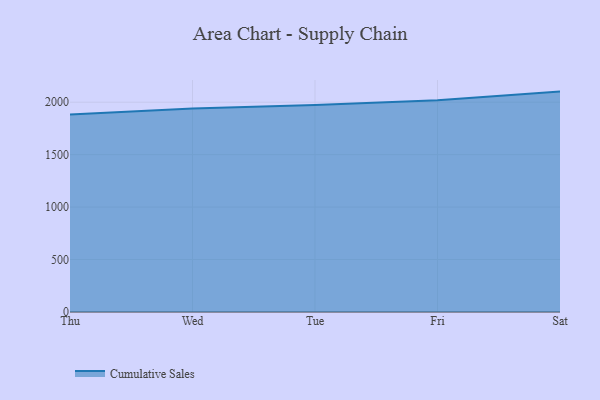
{"axis": {"x": "Day", "y": "Gross Profit (USD K)"}, "legend": ["Cumulative Sales"], "data": [{"x": "Thu", "y": 1883.5, "type": "Cumulative Sales"}, {"x": "Wed", "y": 1940.1, "type": "Cumulative Sales"}, {"x": "Tue", "y": 1973.3, "type": "Cumulative Sales"}, {"x": "Fri", "y": 2017.4, "type": "Cumulative Sales"}, {"x": "Sat", "y": 2100.9, "type": "Cumulative Sales"}]}